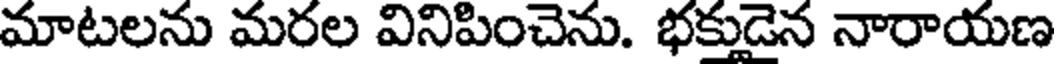
మాటలను మరల వినిపించెను. భక్తుడైన నారాయణ